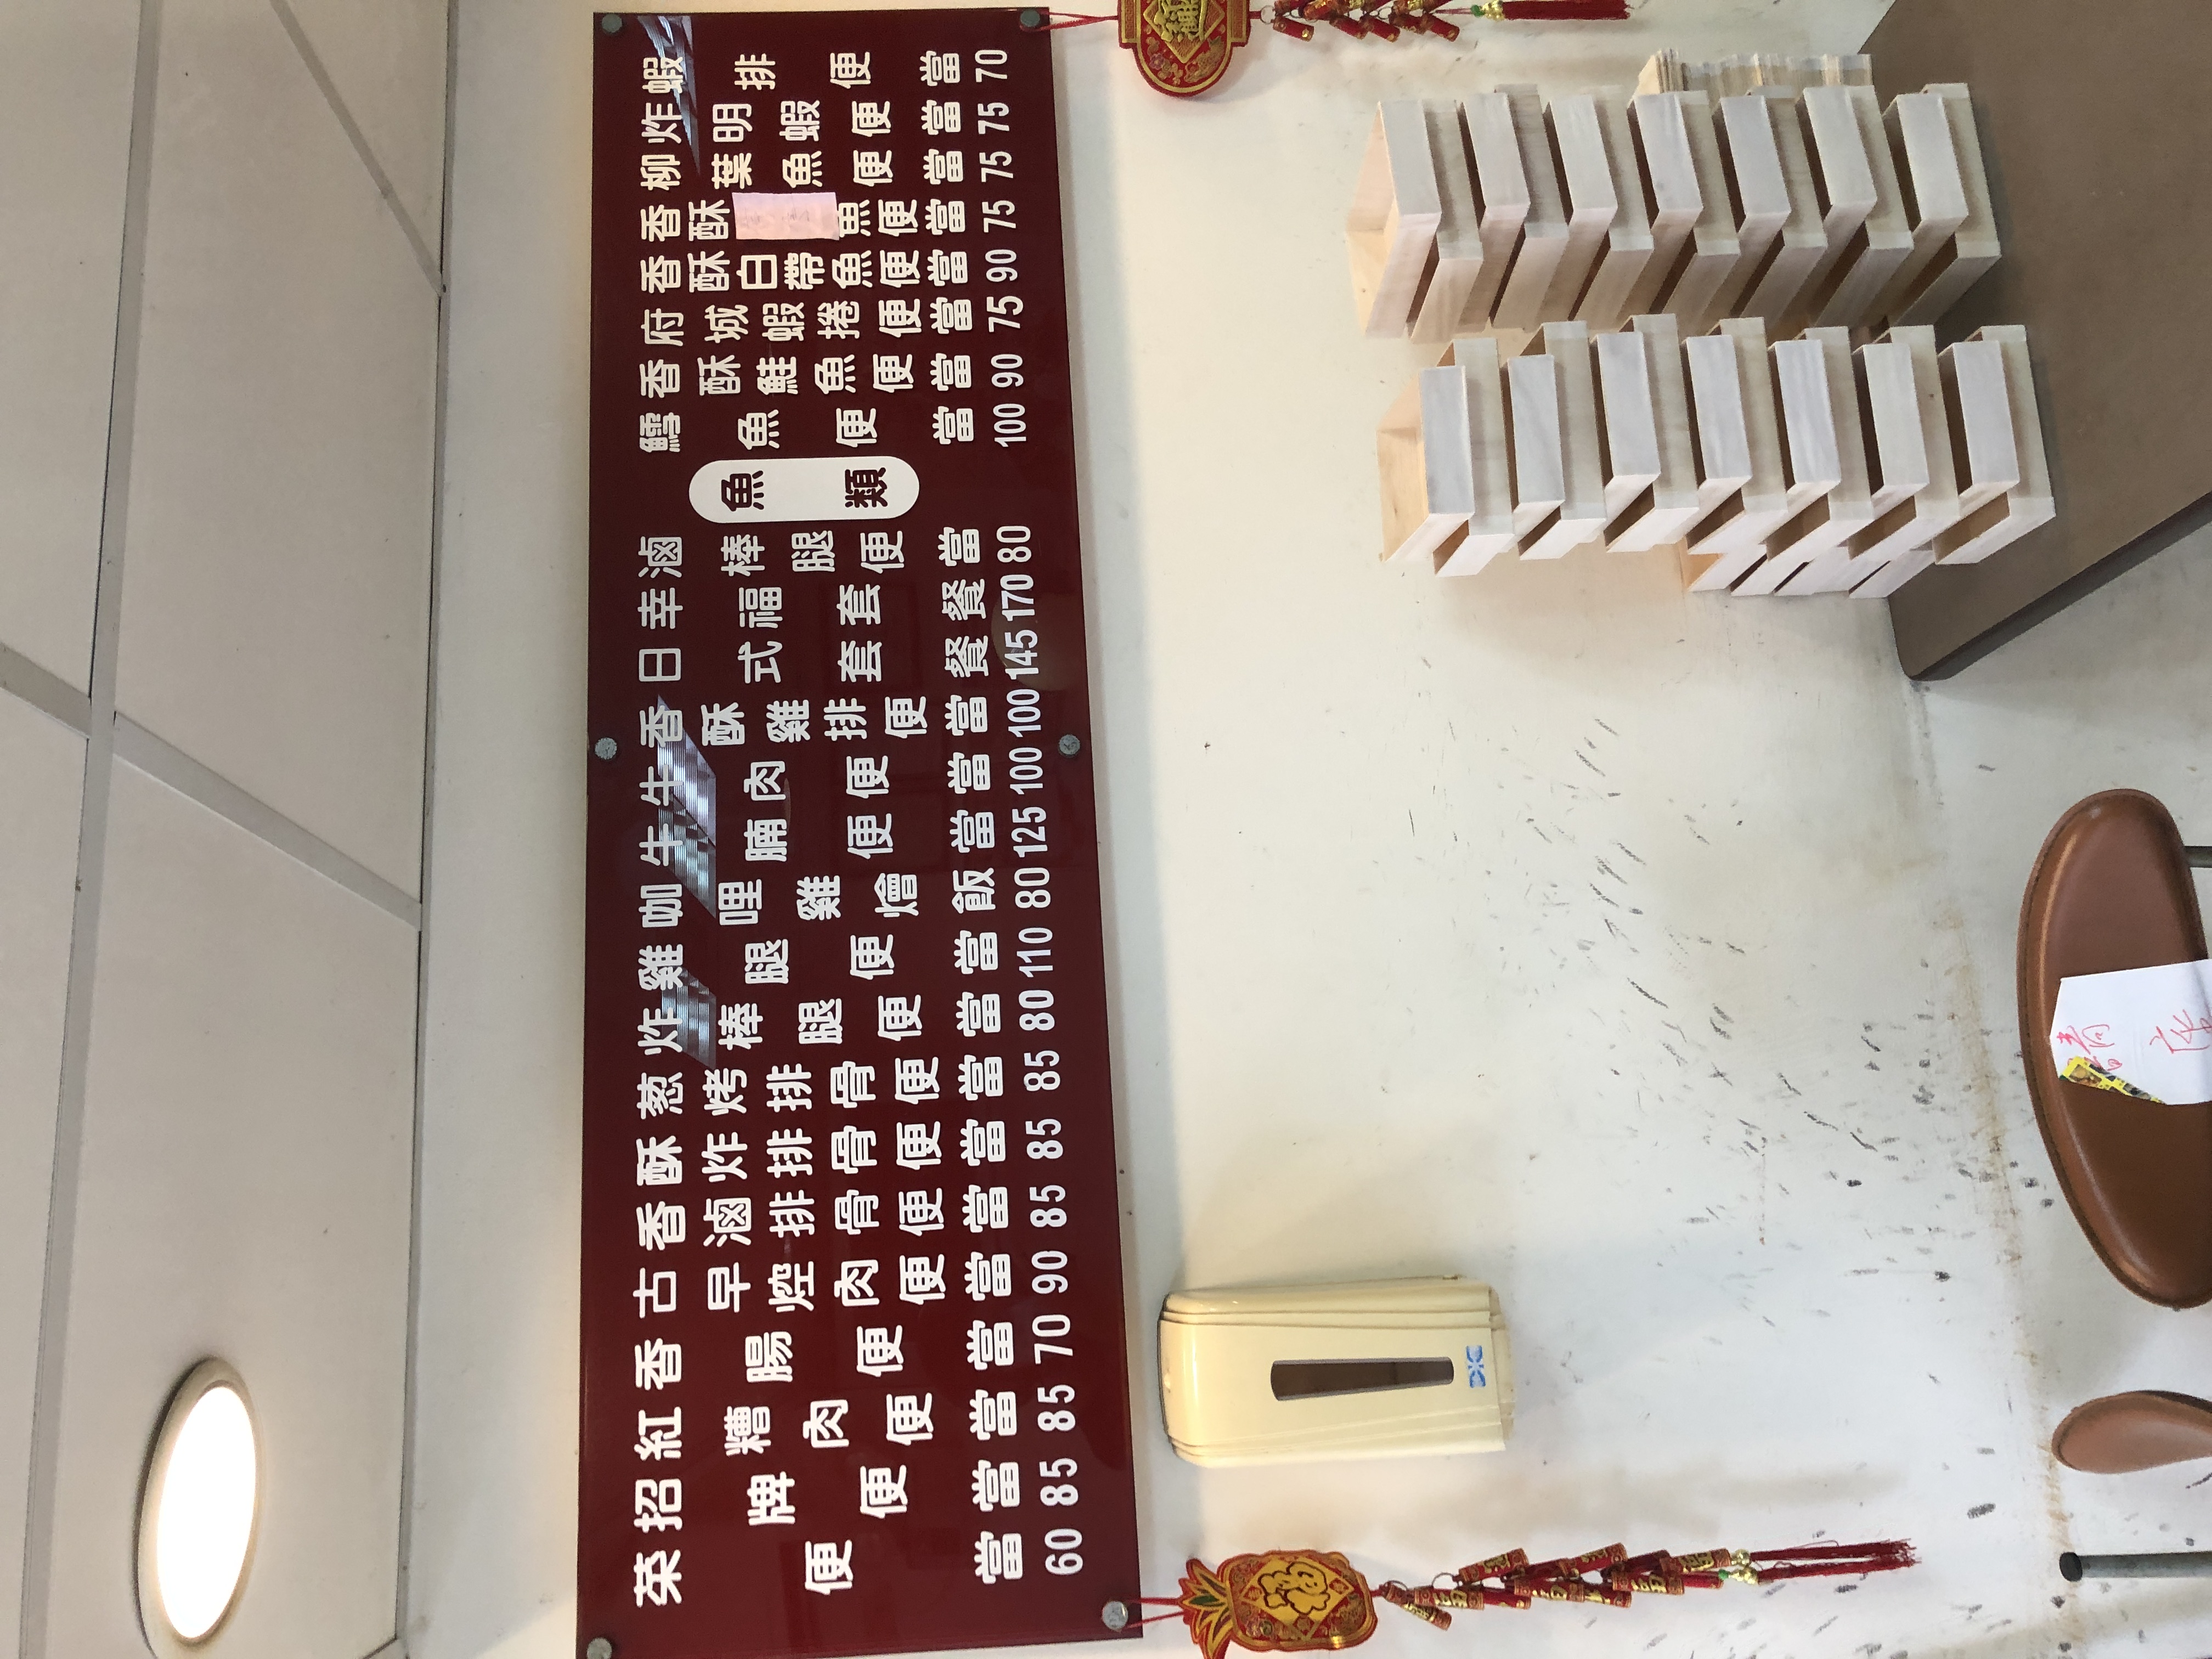
餐廳：榮招柳炸蝦
菜單：
name: 榮招排骨便當
price: 60
name: 滷肉便當
price: 85
name: 雞腿便當
price: 85
name: 香酥排骨便當
price: 90
name: 古早味排骨便當
price: 85
name: 炸排骨便當
price: 80
name: 柳葉便當
price: 110
name: 柳葉雞腿便當
price: 125
name: 柳葉爌肉便當
price: 100
name: 日式炸蝦便當
price: 145
name: 日式鰻魚飯
price: 170
name: 柳炸蝦便當
price: 70
name: 香酥雞腿排便當
price: 75
name: 香酥排骨便當
price: 75
name: 香酥肉便當
price: 90
name: 府城虱目魚肚便當
price: 75
name: 府城虱目魚柳便當
price: 90
name: 鱈魚便當
price: 100
name: 魚便當
price: 75